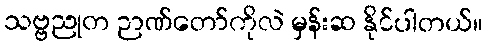
သဗ္ဗညုတ ဉာဏ်တော်ကိုလဲ မှန်းဆ နိုင်ပါတယ်။